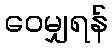
ဝေမျှရန်